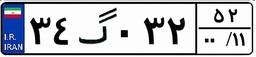
۳۴گ۰۳۲۵۲